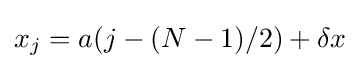
x_{j}=a(j-(N-1)/2)+\delta x